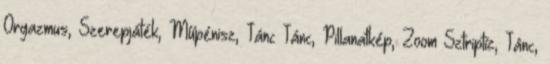
Orgazmus, Szerepjáték, Műpénisz, Tánc Tánc, Pillanatkép, Zoom Sztriptíz, Tánc,